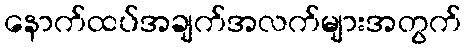
နောက်ထပ်အချက်အလက်များအတွက်